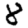
Digit: 8